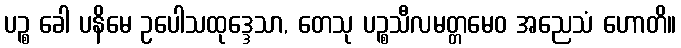
ပဉ္စ ခေါ ပနိမေ ဥပေါသထုဒ္ဒေသာ, တေသု ပဉ္စသီလမတ္တမေဝ အညေသံ ဟောတိ။